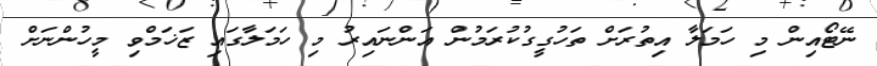
ނޭޓޯއިން މި ހަމަލާ އިތުރަށް ތަހުގީގުކުރަމުން އަންނައިރު މި ހަމަލާގައި ޒަޚަމްވި މީހުންނަށް